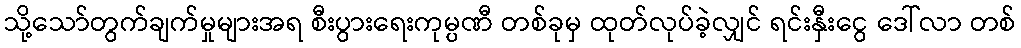
သို့သော်တွက်ချက်မှုများအရ စီးပွားရေးကုမ္ပဏီ တစ်ခုမှ ထုတ်လုပ်ခဲ့လျှင် ရင်းနှီးငွေ ဒေါ်လာ တစ်